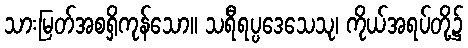
သားမြတ်အစရှိကုန်သော။ သရီရပ္ပဒေသေသု၊ ကိုယ်အရပ်တို့၌